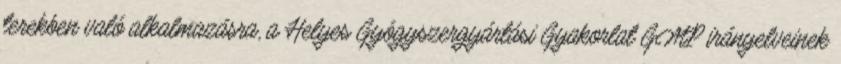
terekben való alkalmazásra, a Helyes Gyógyszergyártási Gyakorlat GMP irányelveinek